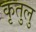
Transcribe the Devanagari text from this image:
कृतुलु